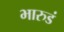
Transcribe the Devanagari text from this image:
भारुडं